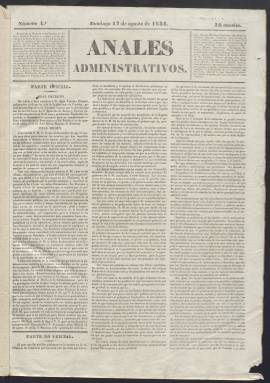
Título: Anales administrativos
Colección: Periódicos anteriores a 1850
Ámbito geográfico: Madrid
Lugar de publicación: Madrid
Fechas: 17/08/1834-30/06/1835